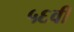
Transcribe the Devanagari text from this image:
५६वी